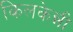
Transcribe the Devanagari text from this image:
किलकेन्नी